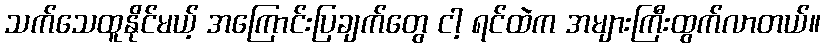
သက်သေထူနိုင်မယ့် အကြောင်းပြချက်တွေ ငါ့ ရင်ထဲက အများကြီးထွက်လာတယ်။